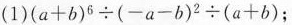
( 1)$$( a + b ) ^ { 6 } \div ( - a - b ) ^ { 2 } \div ( a + b )$$ ；